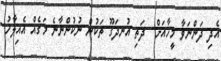
އެދި ދަންނަވާ މީހާއަށް  ދަތި އުނދަގޫ ތަކުން ނުކުންނާނެ މަގެއް އެއިލާހު